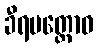
ခီရမတ္တောဝ